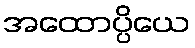
အထောပ္ပိယေ